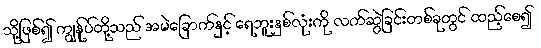
သို့ဖြစ်၍ ကျွန်ုပ်တို့သည် အမဲခြောက်နှင့် ရေဘူးနှစ်လုံးကို လက်ဆွဲခြင်းတစ်ခုတွင် ထည့်စေ၍